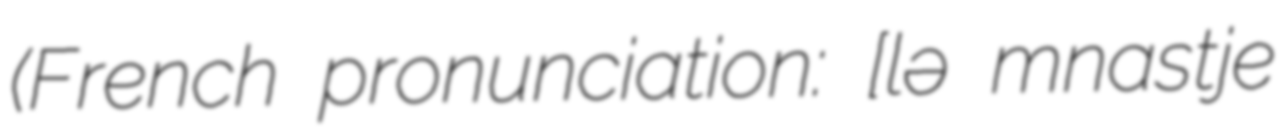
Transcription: (French pronunciation: ​[lə mɔnastje